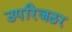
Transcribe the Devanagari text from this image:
उपरिजठर